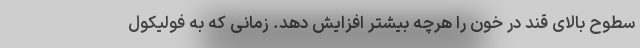
سطوح بالای قند در خون را هرچه بیشتر افزایش دهد. زمانی که به فولیکول